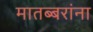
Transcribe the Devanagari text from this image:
मातब्बरांना